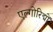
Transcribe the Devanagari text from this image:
एल्गोरिद्मों